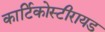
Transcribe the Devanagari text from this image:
कार्टिकोस्टीरायड